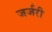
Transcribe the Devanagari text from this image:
जर्जरी